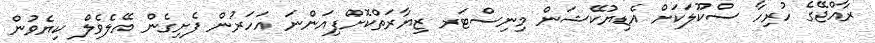
ރާއްޖޭގެ ހުރިހާ ސްކޫލަކަށް އެޑިޔުކޭޝަން މިނިސްޓަރ ޒިޔާރަތްކޮށްފިއަންނަ އަހަރުން ފެށިގެން އޭލެވެލް ކިޔެވުން